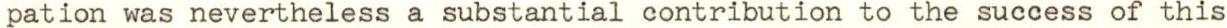
pation was nevertheless a substantial contribution to the success of this